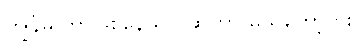
ကျွန်မ ဘာဖြစ်နေသလဲဆိုတာ မသိတော့ဘူး။